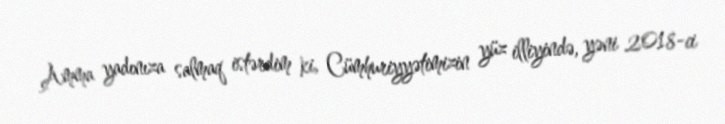
Amma yadınıza salmaq istərdim ki, Cümhuriyyətimizin yüz illiyində, yəni 2018-ci